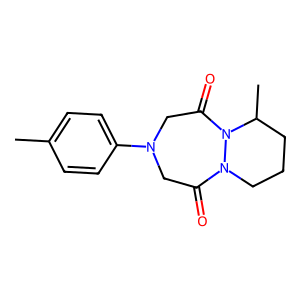
SMILES: Cc1ccc(N2CC(=O)N3CCCC(C)N3C(=O)C2)cc1
Inhibits HIV replication: No